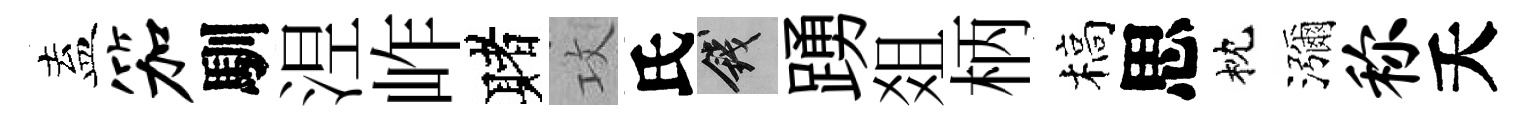
盍笳馴𣵀岞赌攻氏錢踴爼柄槁思枕瀰称夭